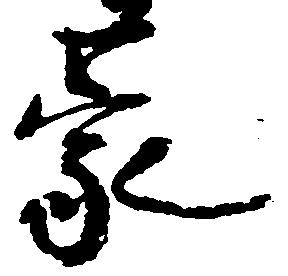
蒙